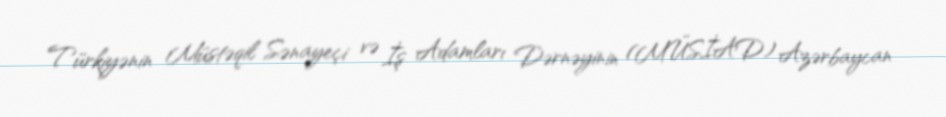
Türkiyənin Müstəqil Sənayeçi və İş Adamları Dərnəyinin (MÜSİAD) Azərbaycan